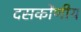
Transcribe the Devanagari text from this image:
दसकोंणीय